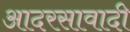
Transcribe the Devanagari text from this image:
आदरसावादी